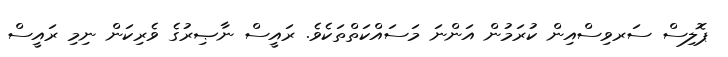
ޕޮލިސް ސަރވިސްއިން ކުރަމުން އަންނަ މަސައްކަތްތަކެވެ. ރައީސް ނާޞިރުގެ ވެރިކަން ނިމި ރައީސް